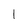
Character: 1